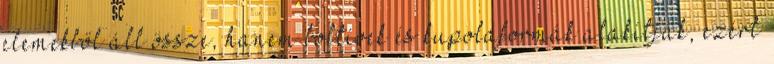
elemekből áll össze, hanem boltívek és kupolaformák alakítják, ezért